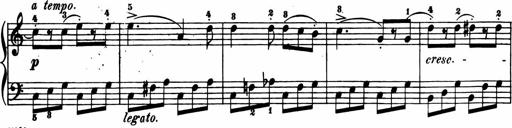
Title: 11 Sonatinas for Piano Solo
Composer: Anton Diabelli